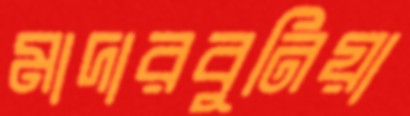
মাদারবুনিয়া